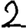
Digit: 2